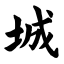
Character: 城